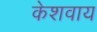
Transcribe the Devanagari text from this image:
केशवाय